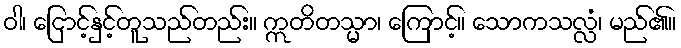
ဝါ၊ ငြောင့်နှင့်တူသည်တည်း။ ဣတိတသ္မာ၊ ကြောင့်။ သောကသလ္လံ၊ မည်၏။